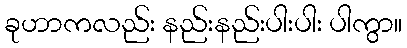
ခုဟာကလည်း နည်းနည်းပါးပါး ပါကွာ။